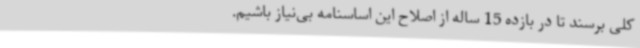
کلی برسند تا در بازده 15 ساله از اصلاح این اساسنامه بی‌نیاز باشیم.